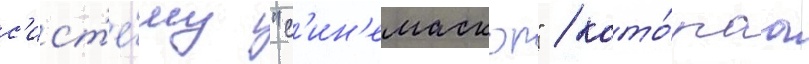
с'ист'е́му "с'ин'емаскоп" / кото́раа